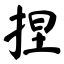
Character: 捏